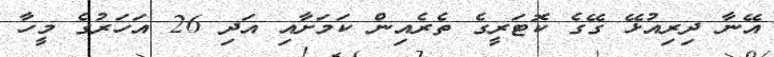
އޭނާ ދިރިއުޅޭ ގޭގެ ކޮޓަރީގެ ތެރެއިން ކަމަށާއި އަދި 26 އަހަރުގެ މީހާ